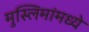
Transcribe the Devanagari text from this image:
मुस्लिमांमध्ये